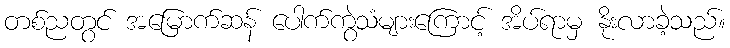
တစ်ညတွင် အမြောက်ဆန် ပေါက်ကွဲသံများကြောင့် အိပ်ရာမှ နိုးလာခဲ့သည်။